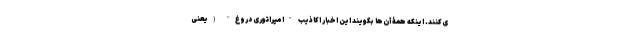
ی‌کنند. اینکه همۀ آن‌ها بگویند این اخبار اکاذیب "امپراتوری دروغ" (یعنی